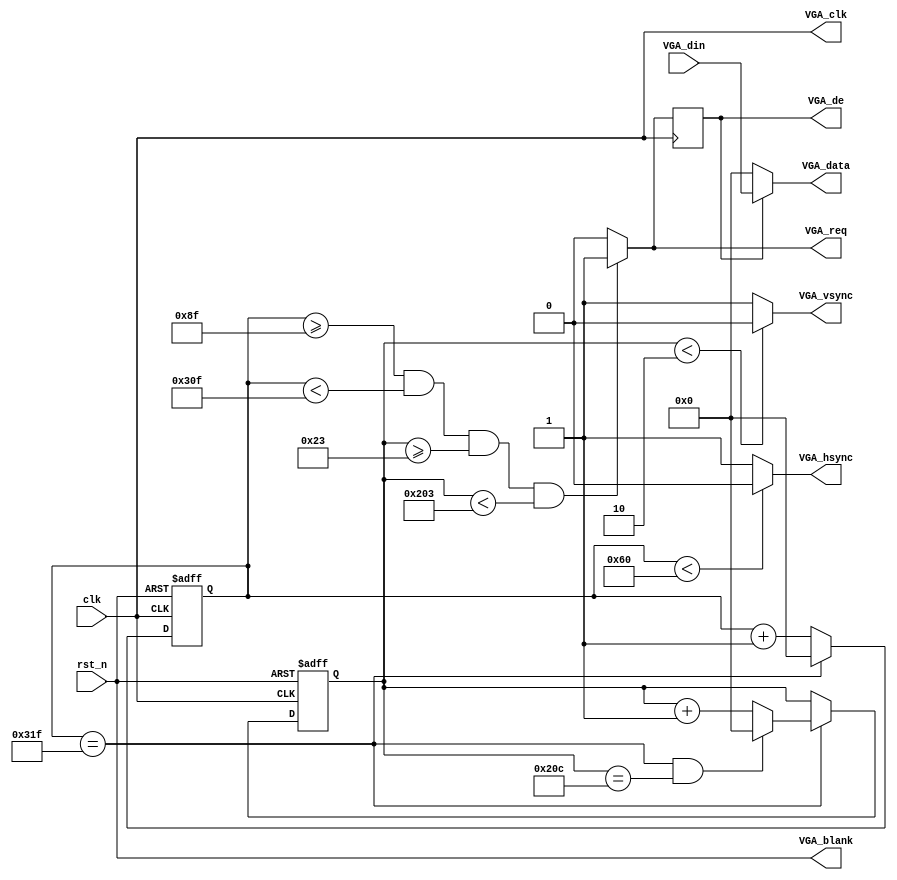
module VGA_driver
(
    input   wire                clk             ,
    input   wire                rst_n           ,
    output  wire                VGA_req         ,
    input   wire    [15:0]      VGA_din         ,
    output  wire                VGA_clk         ,
    output  wire                VGA_blank       ,
    output  wire                VGA_hsync       ,
    output  wire                VGA_vsync       ,
    output  wire    [15:0]      VGA_data        ,
    output  reg                 VGA_de           
);

    parameter H_SYNC            = 16'd96        ;
    parameter H_BACK            = 16'd48        ;
    parameter H_DISP            = 16'd640       ;
    parameter H_FRONT           = 16'd16        ;
    parameter H_TOTAL           = 16'd800       ;

    parameter V_SYNC            = 16'd2         ;
    parameter V_BACK            = 16'd33        ;
    parameter V_DISP            = 16'd480       ;
    parameter V_FRONT           = 16'd10        ;
    parameter V_TOTAL           = 16'd525       ;

    reg     [15:0]              cnt_h           ;
    wire                        add_cnt_h       ;
    wire                        end_cnt_h       ;
    reg     [15:0]              cnt_v           ;
    wire                        add_cnt_v       ;
    wire                        end_cnt_v       ;

always @(posedge clk or negedge rst_n) begin
    if(!rst_n)
        cnt_h <= 'd0;
    else if(add_cnt_h) begin
        if(end_cnt_h)
            cnt_h <= 'd0;
        else
            cnt_h <= cnt_h + 1'b1;
    end
end

assign add_cnt_h = 'd1;
assign end_cnt_h = add_cnt_h && cnt_h==H_TOTAL-1;

always @(posedge clk or negedge rst_n) begin 
    if(!rst_n)
        cnt_v <= 'd0;
    else if(add_cnt_v) begin
        if(end_cnt_v)
            cnt_v <= 'd0;
        else
            cnt_v <= cnt_v + 1'b1;
    end
end

assign add_cnt_v = end_cnt_h;
assign end_cnt_v = add_cnt_v && cnt_v==V_TOTAL-1;

assign VGA_req = (cnt_h >= H_SYNC + H_BACK - 1) && (cnt_h < H_SYNC + H_BACK + H_DISP - 1) &&
                 (cnt_v >= V_SYNC + V_BACK    ) && (cnt_v < V_SYNC + V_BACK + V_DISP    )
                 ? 1'b1 : 1'b0;

assign VGA_clk = clk;

assign VGA_blank = rst_n;

assign VGA_hsync = (cnt_h < H_SYNC) ? 1'b0 : 1'b1;

assign VGA_vsync = (cnt_v < V_SYNC) ? 1'b0 : 1'b1;

assign VGA_data = VGA_de ? VGA_din : 16'b0;

always @(posedge clk) begin
    VGA_de <= VGA_req;
end

endmodule